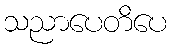
သညာပေတိပေ